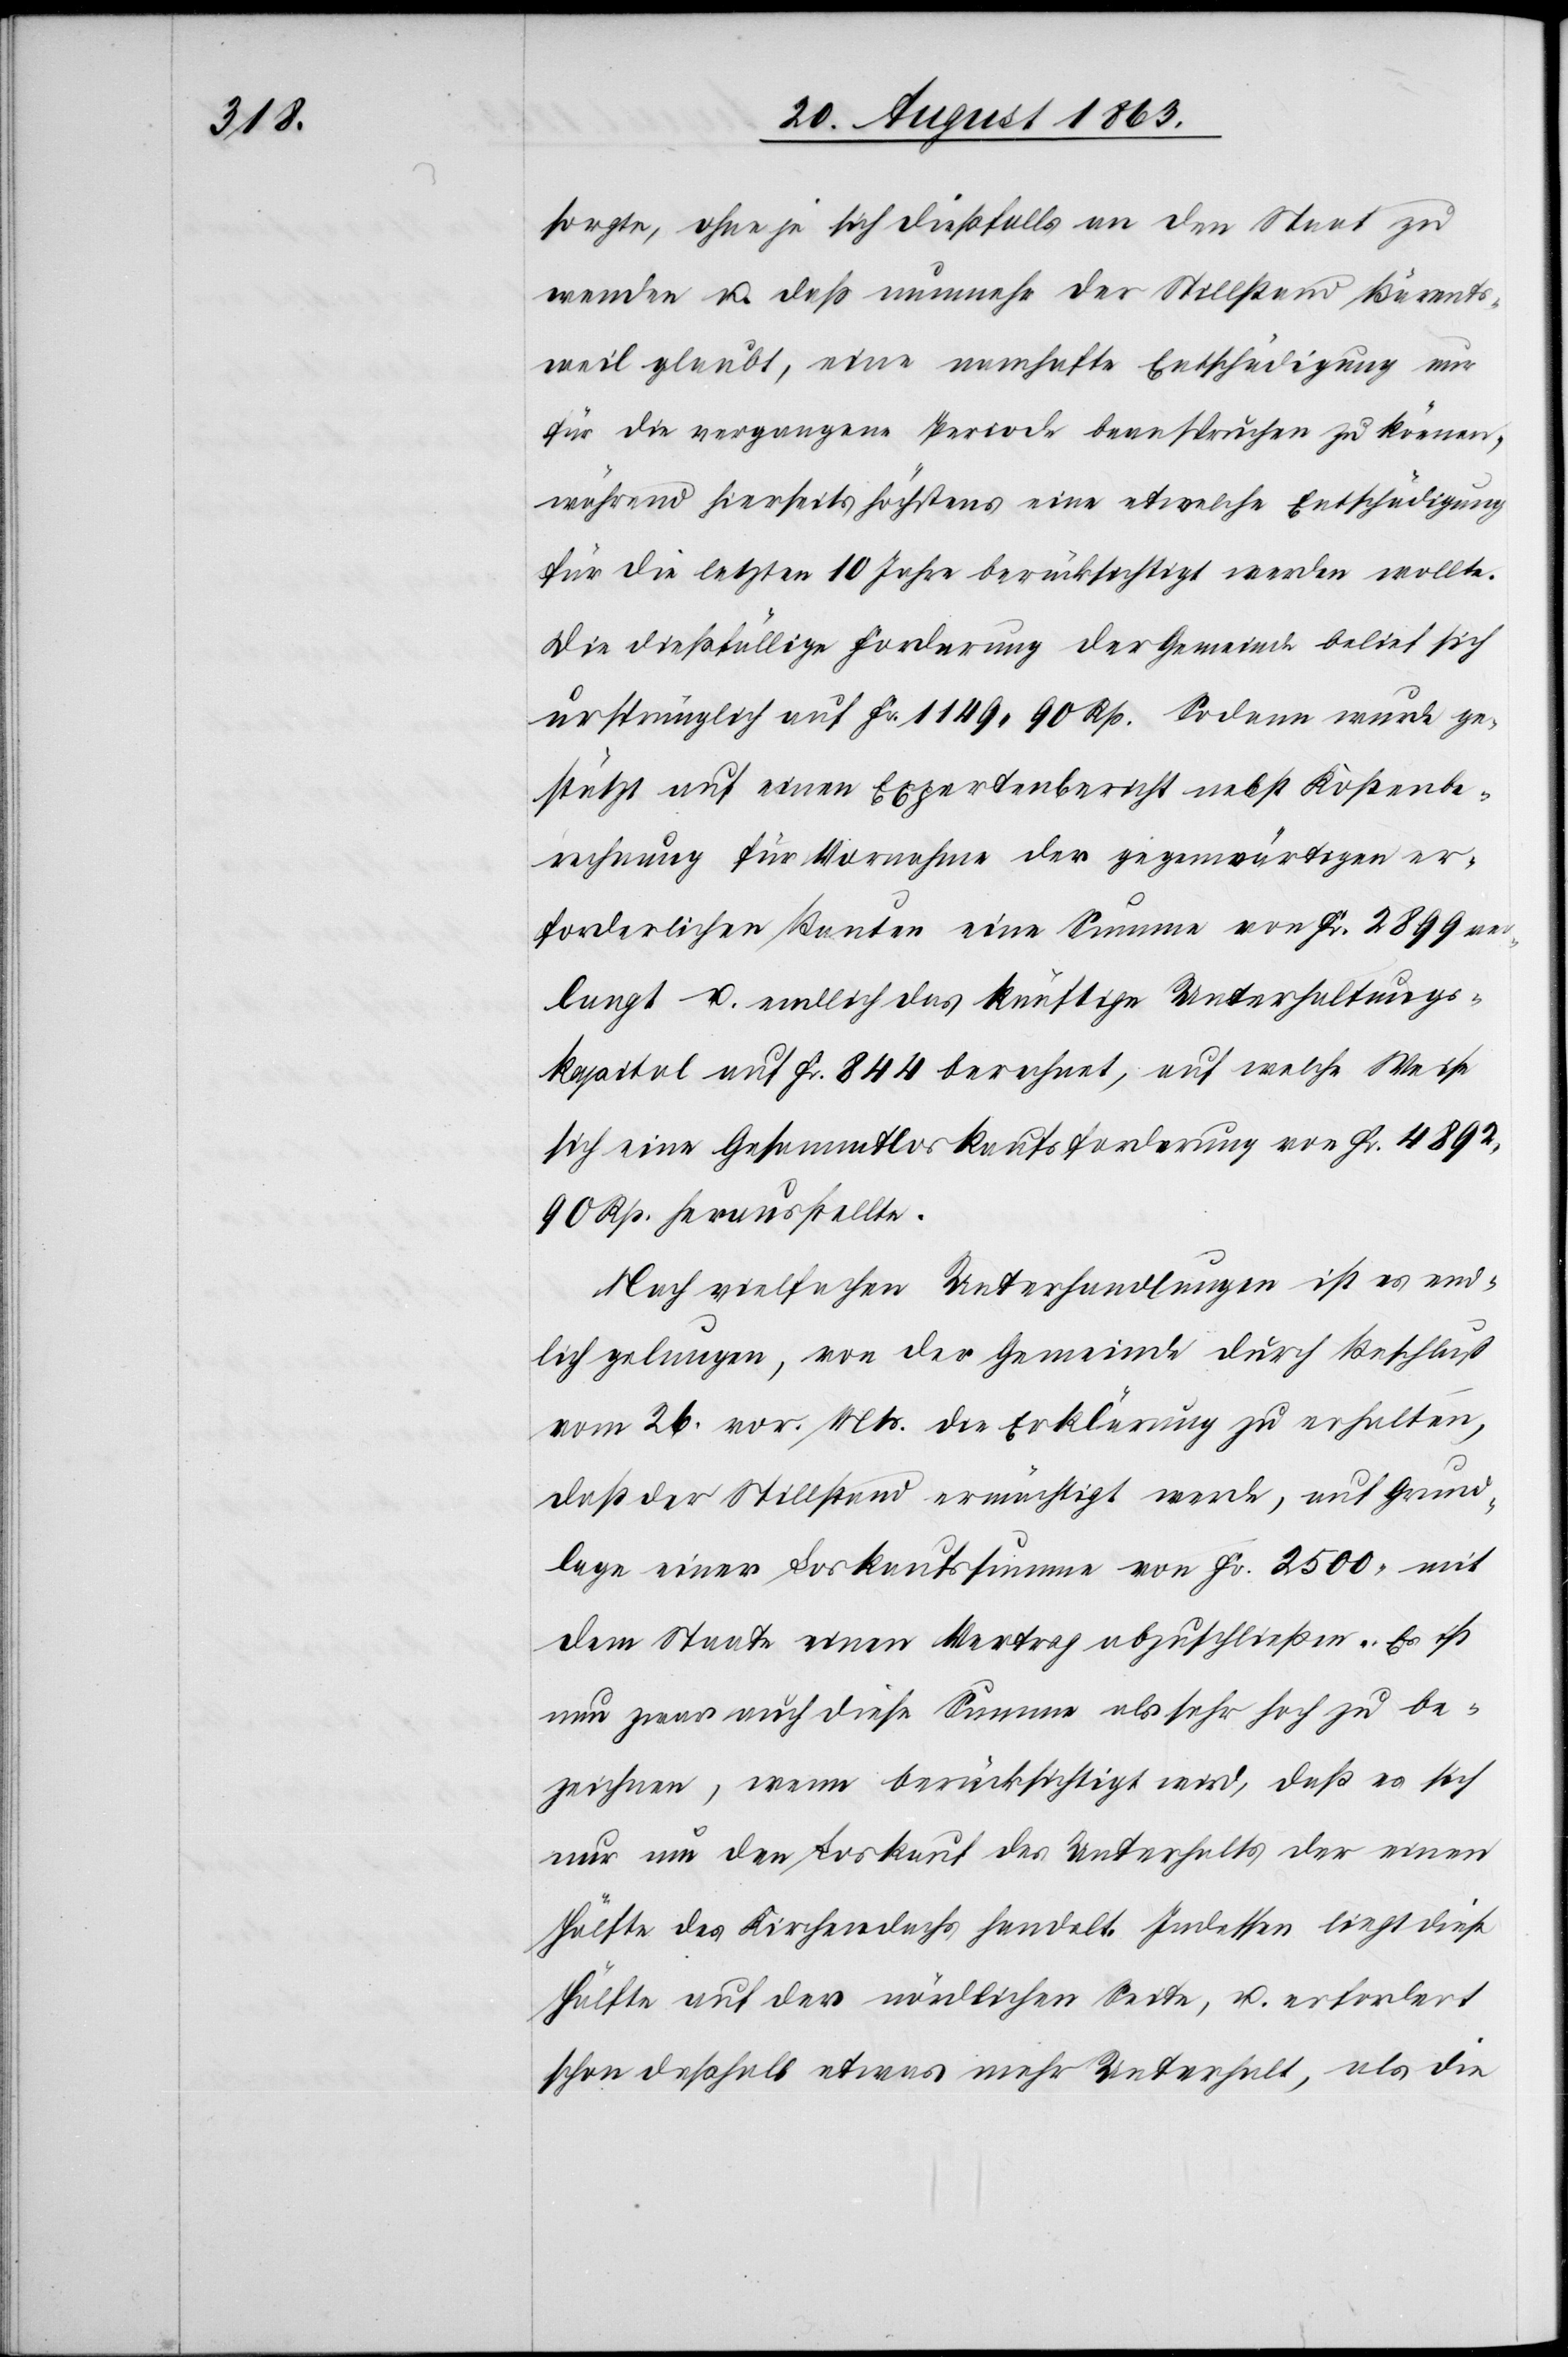
sorgte, ohne je sich dießfalls an den Staat zu
wenden u. daß nunmehr der Stillstand Bärents¬
weil glaubt, eine namhafte Entschädigung nur
für die vergangene Periode beanspruchen zu können,
während hierseits höchstens eine etwelche Entschädigung
für die letzten 10 Jahre berücksichtigt werden wollte.
Die dießfällige Forderung der Gemeinde belief sich
ursprünglich auf Fr. 1149. 90 Rp. Sodann wurde ge¬
stützt auf einen Expertenbericht nebst Kostenbe¬
rechnung für Vornahme der gegenwärtigen er¬
forderlichen Bauten eine Summe von Fr. 2899 ver¬
langt u. endlich das künftige Unterhaltungs¬
kapital auf Fr. 844 berechnet, auf welche Weise
sich eine Gesammtloskaufsforderung von Fr. 4892.
90 Rp. herausstellte.
Nach vielfachen Unterhandlungen ist es end¬
lich gelungen, von der Gemeinde durch Beschluß
vom 26. vor. Mts. die Erklärung zu erhalten,
daß der Stillstand ermächtigt werde, auf Grund¬
lage einer Loskaufssumme von Fr. 2500. mit
dem Staate einen Vertrag abzuschließen. Es ist
nun zwar auch diese Summe als sehr hoch zu be¬
zeichnen, wenn berücksichtigt wird, daß es sich
nur um den Loskauf des Unterhalts der einen
Hälfte des Kirchendachs handelt. Indessen liegt diese
Hälfte auf der nördlichen Seite, u. erfordert
schon deßhalb etwas mehr Unterhalt, als die